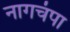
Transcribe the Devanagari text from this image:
नागचंपा